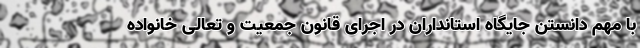
با مهم دانستن جایگاه استانداران در اجرای قانون جمعیت و تعالی خانواده